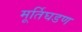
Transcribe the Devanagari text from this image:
मूर्तिघडण